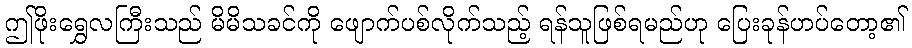
ဤဖိုးရွှေလကြီးသည် မိမိသခင်ကို ဖျောက်ပစ်လိုက်သည့် ရန်သူဖြစ်ရမည်ဟု ပြေးခုန်ဟပ်တော့၏